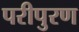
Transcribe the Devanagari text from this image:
परीपुरण